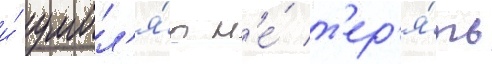
и́ умол'я́ю н'е́ т'ер'я́ть